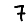
Digit: 7